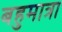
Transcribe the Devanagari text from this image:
बहुमात्रा